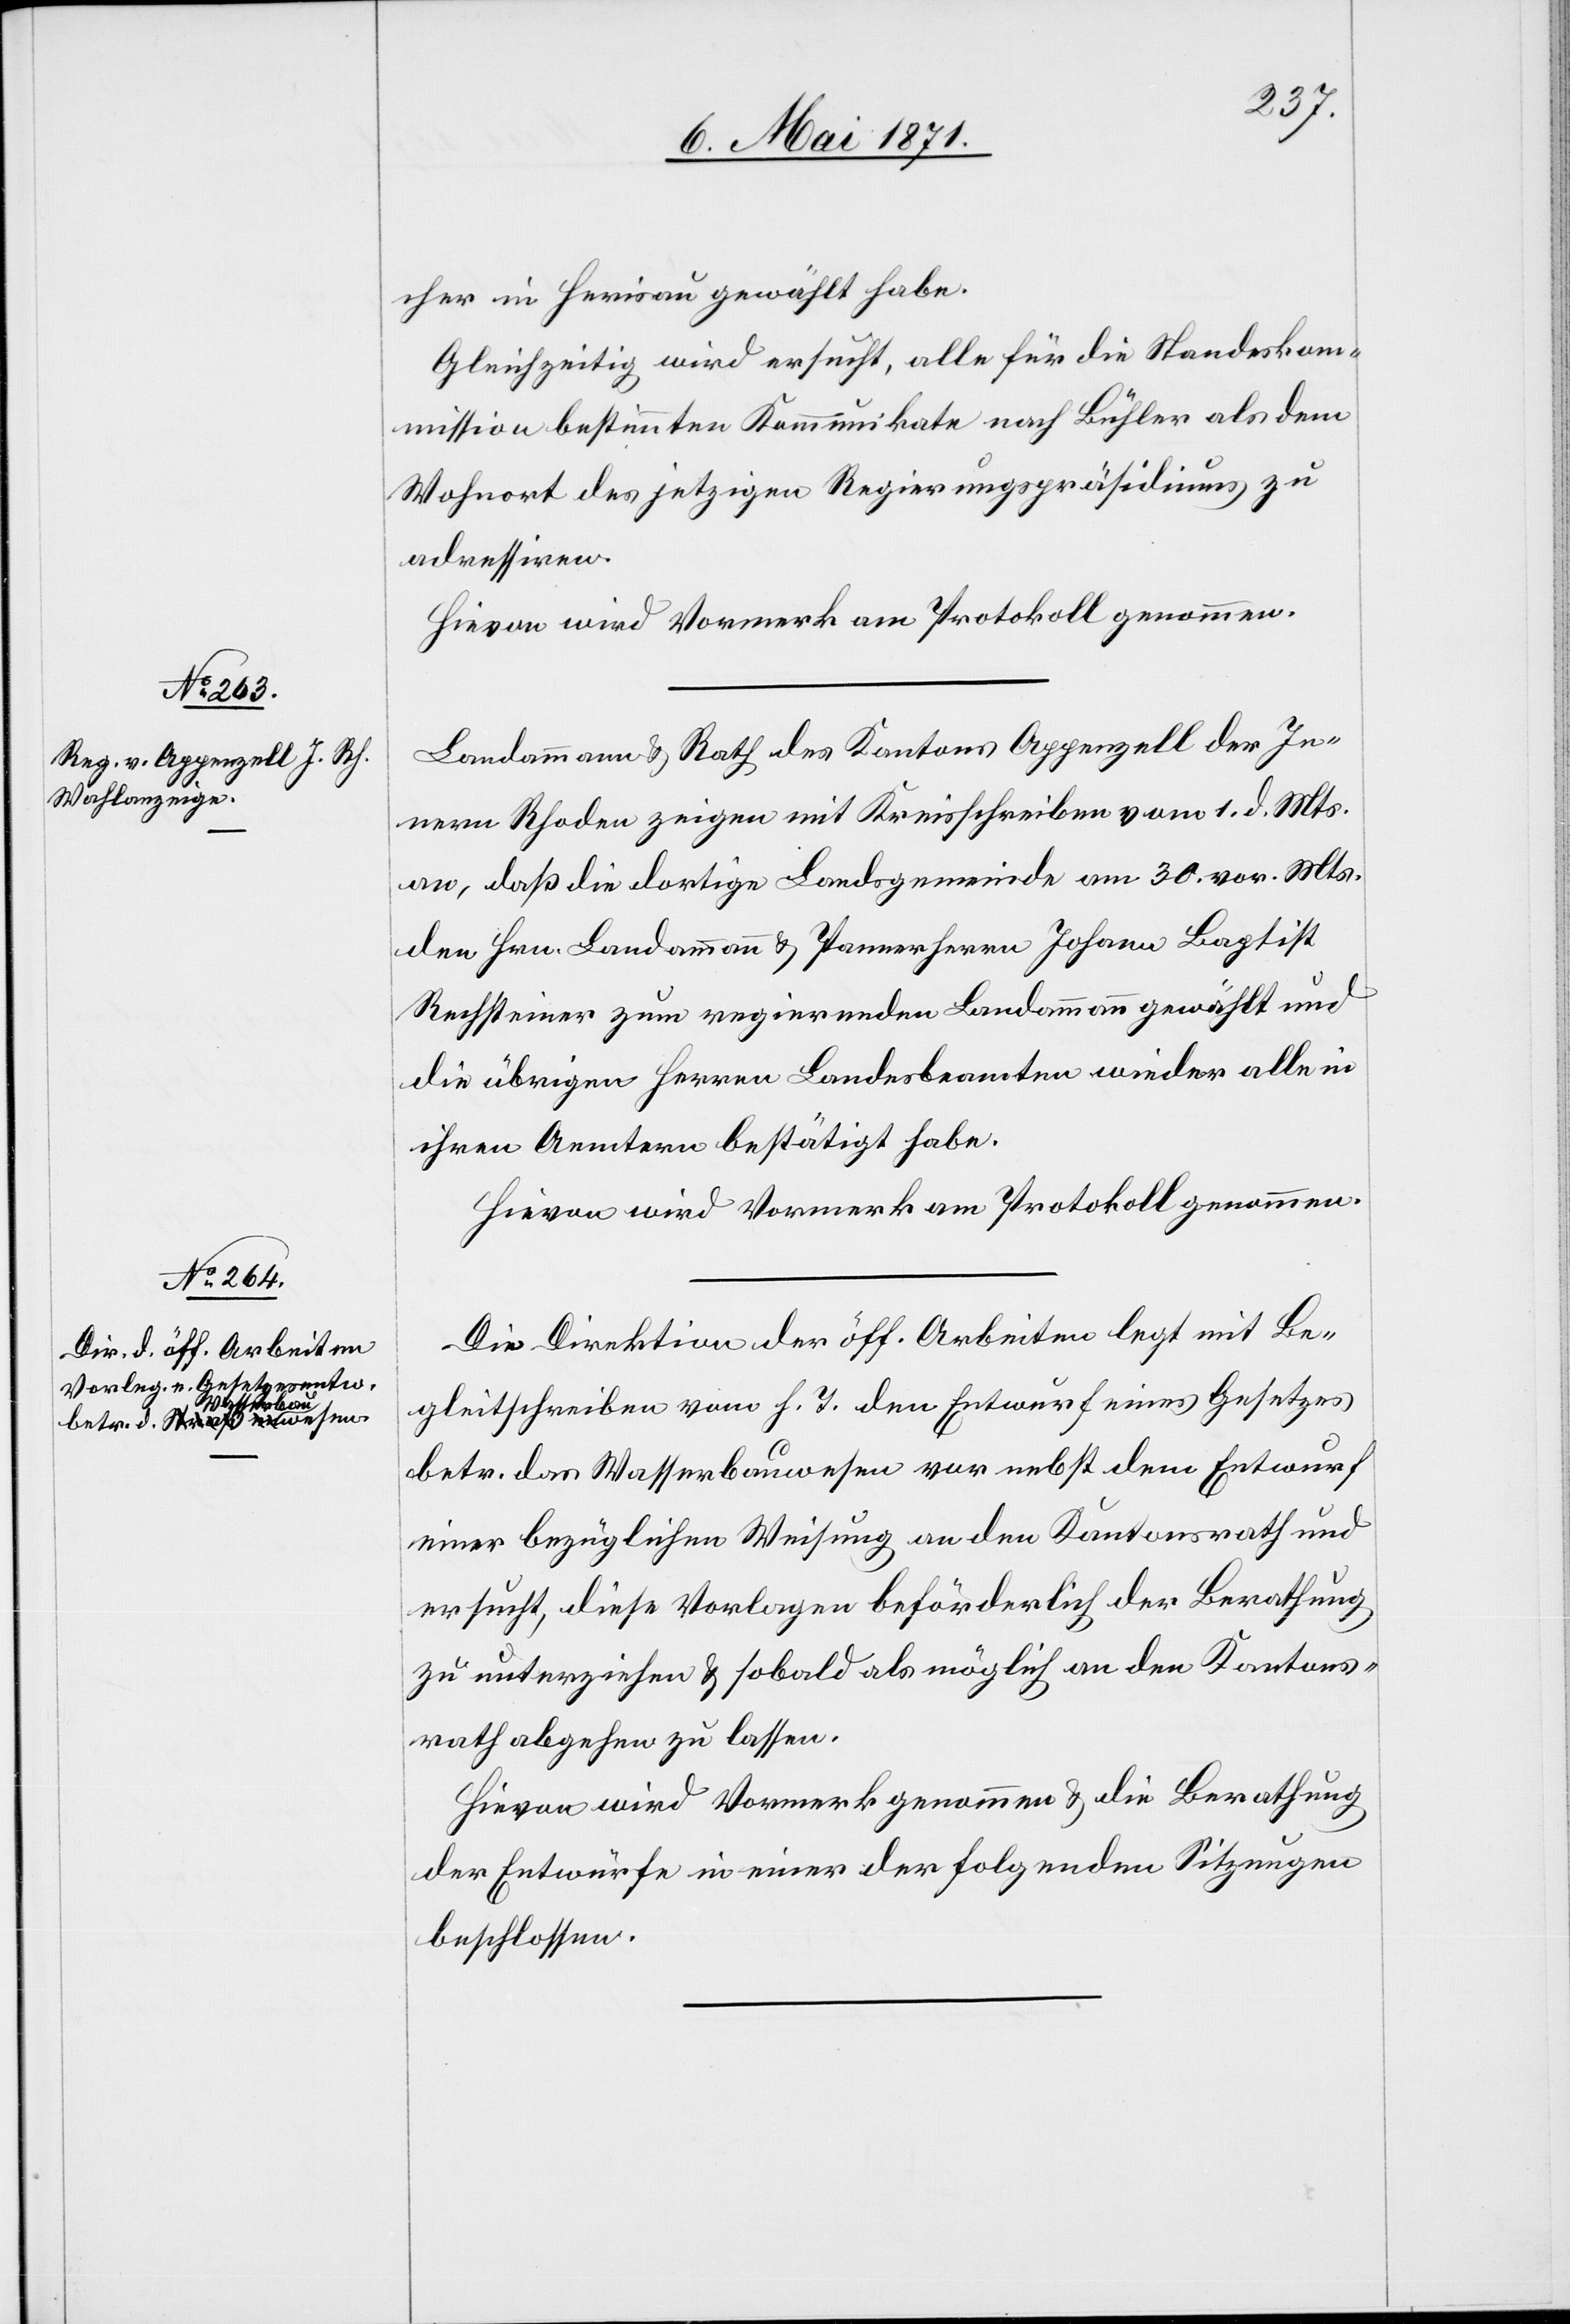
9. Mai 1871.]
cher in Herisau gewählt habe.
Gleichzeitig wird ersucht, alle für die Standeskom¬
mission bestimmten Kommunikate nach Bühler als dem
Wohnort des jetzigen Regierungspräsidiums zu
adressiren.
Hievon wird Vormerk am Protokoll genommen.
Landammann u. Rath des Kantons Appenzell der In¬
nern Rhoden zeigen mit Kreisschreiben vom 1. d. Mts.
an, daß die dortige Landsgemeinde am 30. vor. Mts.
den Hrn. Landammann u. Pannerherrn Johann Baptist
Rechsteiner zum regierenden Landammann gewählt und
die übrigen Herren Landesbeamten wieder alle in
ihren Aemtern bestätigt habe.
Die Direktion der öff. Arbeiten legt mit Be¬
gleitschreiben vom h. T. den Entwurf eines Gesetzes
betr. das Waffenbauwesen vor nebst dem Entwurf
einer bezüglichen Weisung an den Kantonsrath und
ersucht, diese Vorlage beförderlich der Berathung
zu unterziehen u. sobald als möglich an den Kantons¬
rath abgehen zu lassen.
Hievon wird Vormerk genommen u. die Berathung
der Entwürfe in einer der folgenden Sitzungen
beschlossen.